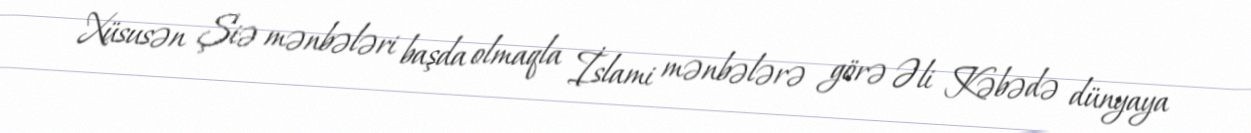
Xüsusən Şiə mənbələri başda olmaqla İslami mənbələrə görə Əli Kəbədə dünyaya